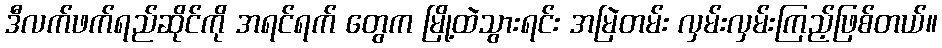
ဒီလက်ဖက်ရည်ဆိုင်ကို အရင်ရက် တွေက မြို့ထဲသွားရင်း အမြဲတမ်း လှမ်းလှမ်းကြည့်ဖြစ်တယ်။